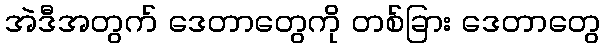
အဲဒီအတွက် ဒေတာတွေကို တစ်ခြား ဒေတာတွေ